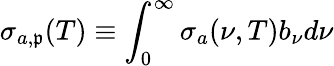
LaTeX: \sigma_{a,\mathfrak{p}}(T)\equiv\int_{0}^{\infty}\sigma_{a}(\nu,T)b_{\nu}d\nu